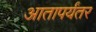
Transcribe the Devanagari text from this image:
आतापर्यंतर